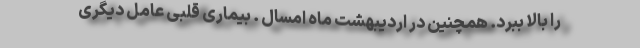
را بالا ببرد. همچنین در اردیبهشت ماه امسال . بیماری قلبی عامل دیگری